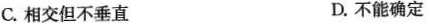
C. 相交但不垂直 D. 不能确定